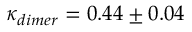
\kappa _ { d i m e r } = 0 . 4 4 \pm 0 . 0 4